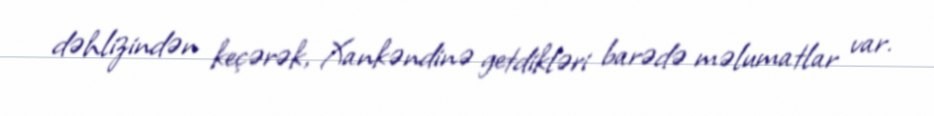
dəhlizindən keçərək, Xankəndinə getdikləri barədə məlumatlar var.